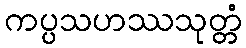
ကပ္ပသဟဿသုတ္တံ